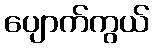
ပျောက်ကွယ်